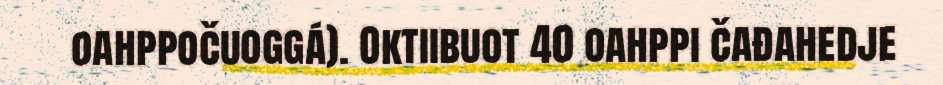
oahppočuoggá). Oktiibuot 40 oahppi čađahedje